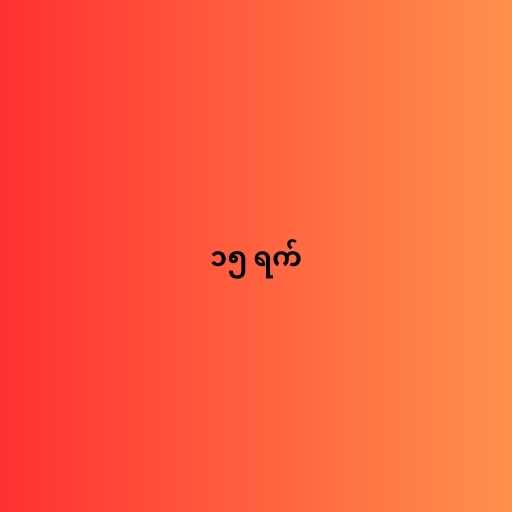
၁၅ ရက်